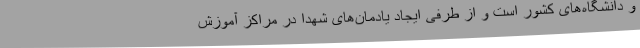
و دانشگاه‌های کشور است و از طرفی ایجاد یادمان‌های شهدا در مراکز آموزش